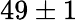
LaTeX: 49\pm 1